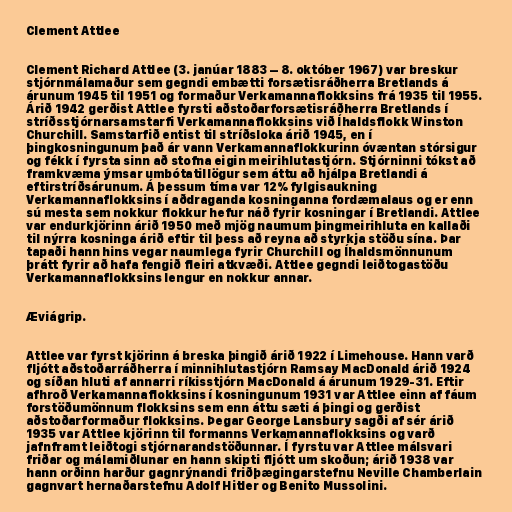
Clement Attlee

Clement Richard Attlee (3. janúar 1883 – 8. október 1967) var breskur
stjórnmálamaður sem gegndi embætti forsætisráðherra Bretlands á
árunum 1945 til 1951 og formaður Verkamannaflokksins frá 1935 til 1955.
Árið 1942 gerðist Attlee fyrsti aðstoðarforsætisráðherra Bretlands í
stríðsstjórnarsamstarfi Verkamannaflokksins við Íhaldsflokk Winston
Churchill. Samstarfið entist til stríðsloka árið 1945, en í
þingkosningunum það ár vann Verkamannaflokkurinn óvæntan stórsigur
og fékk í fyrsta sinn að stofna eigin meirihlutastjórn. Stjórninni tókst að
framkvæma ýmsar umbótatillögur sem áttu að hjálpa Bretlandi á
eftirstríðsárunum. Á þessum tíma var 12% fylgisaukning
Verkamannaflokksins í aðdraganda kosninganna fordæmalaus og er enn
sú mesta sem nokkur flokkur hefur náð fyrir kosningar í Bretlandi. Attlee
var endurkjörinn árið 1950 með mjög naumum þingmeirihluta en kallaði
til nýrra kosninga árið eftir til þess að reyna að styrkja stöðu sína. Þar
tapaði hann hins vegar naumlega fyrir Churchill og Íhaldsmönnunum
þrátt fyrir að hafa fengið fleiri atkvæði. Attlee gegndi leiðtogastöðu
Verkamannaflokksins lengur en nokkur annar.

Æviágrip.

Attlee var fyrst kjörinn á breska þingið árið 1922 í Limehouse. Hann varð
fljótt aðstoðarráðherra í minnihlutastjórn Ramsay MacDonald árið 1924
og síðan hluti af annarri ríkisstjórn MacDonald á árunum 1929-31. Eftir
afhroð Verkamannaflokksins í kosningunum 1931 var Attlee einn af fáum
forstöðumönnum flokksins sem enn áttu sæti á þingi og gerðist
aðstoðarformaður flokksins. Þegar George Lansbury sagði af sér árið
1935 var Attlee kjörinn til formanns Verkamannaflokksins og varð
jafnframt leiðtogi stjórnarandstöðunnar. Í fyrstu var Attlee málsvari
friðar og málamiðlunar en hann skipti fljótt um skoðun; árið 1938 var
hann orðinn harður gagnrýnandi friðþægingarstefnu Neville Chamberlain
gagnvart hernaðarstefnu Adolf Hitler og Benito Mussolini.